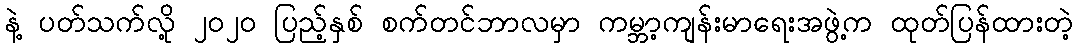
နဲ့ ပတ်သက်လို့ ၂၀၂၀ ပြည့်နှစ် စက်တင်ဘာလမှာ ကမ္ဘာ့ကျန်းမာရေးအဖွဲ့က ထုတ်ပြန်ထားတဲ့